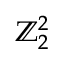
\mathbb { Z } _ { 2 } ^ { 2 }